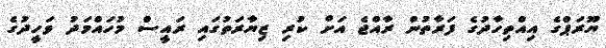
ޔޫރަޕްގެ އިއްތިހާދުގެ ފަރާތުން ރާއްޖެ އަށް ކުރި ޒިޔާރަތުގައި ރައީސް މުހައްމަދު ވަހީދުގެ